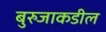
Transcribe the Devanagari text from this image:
बुरुजाकडील